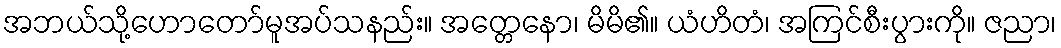
အဘယ်သို့ဟောတော်မူအပ်သနည်း။ အတ္တေနော၊ မိမိ၏။ ယံဟိတံ၊ အကြင်စီးပွားကို။ ဇညာ၊